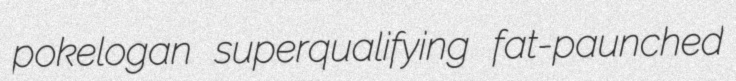
pokelogan superqualifying fat-paunched